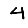
Digit: 4